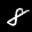
Label: 8